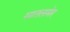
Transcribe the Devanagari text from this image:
सातलमेर